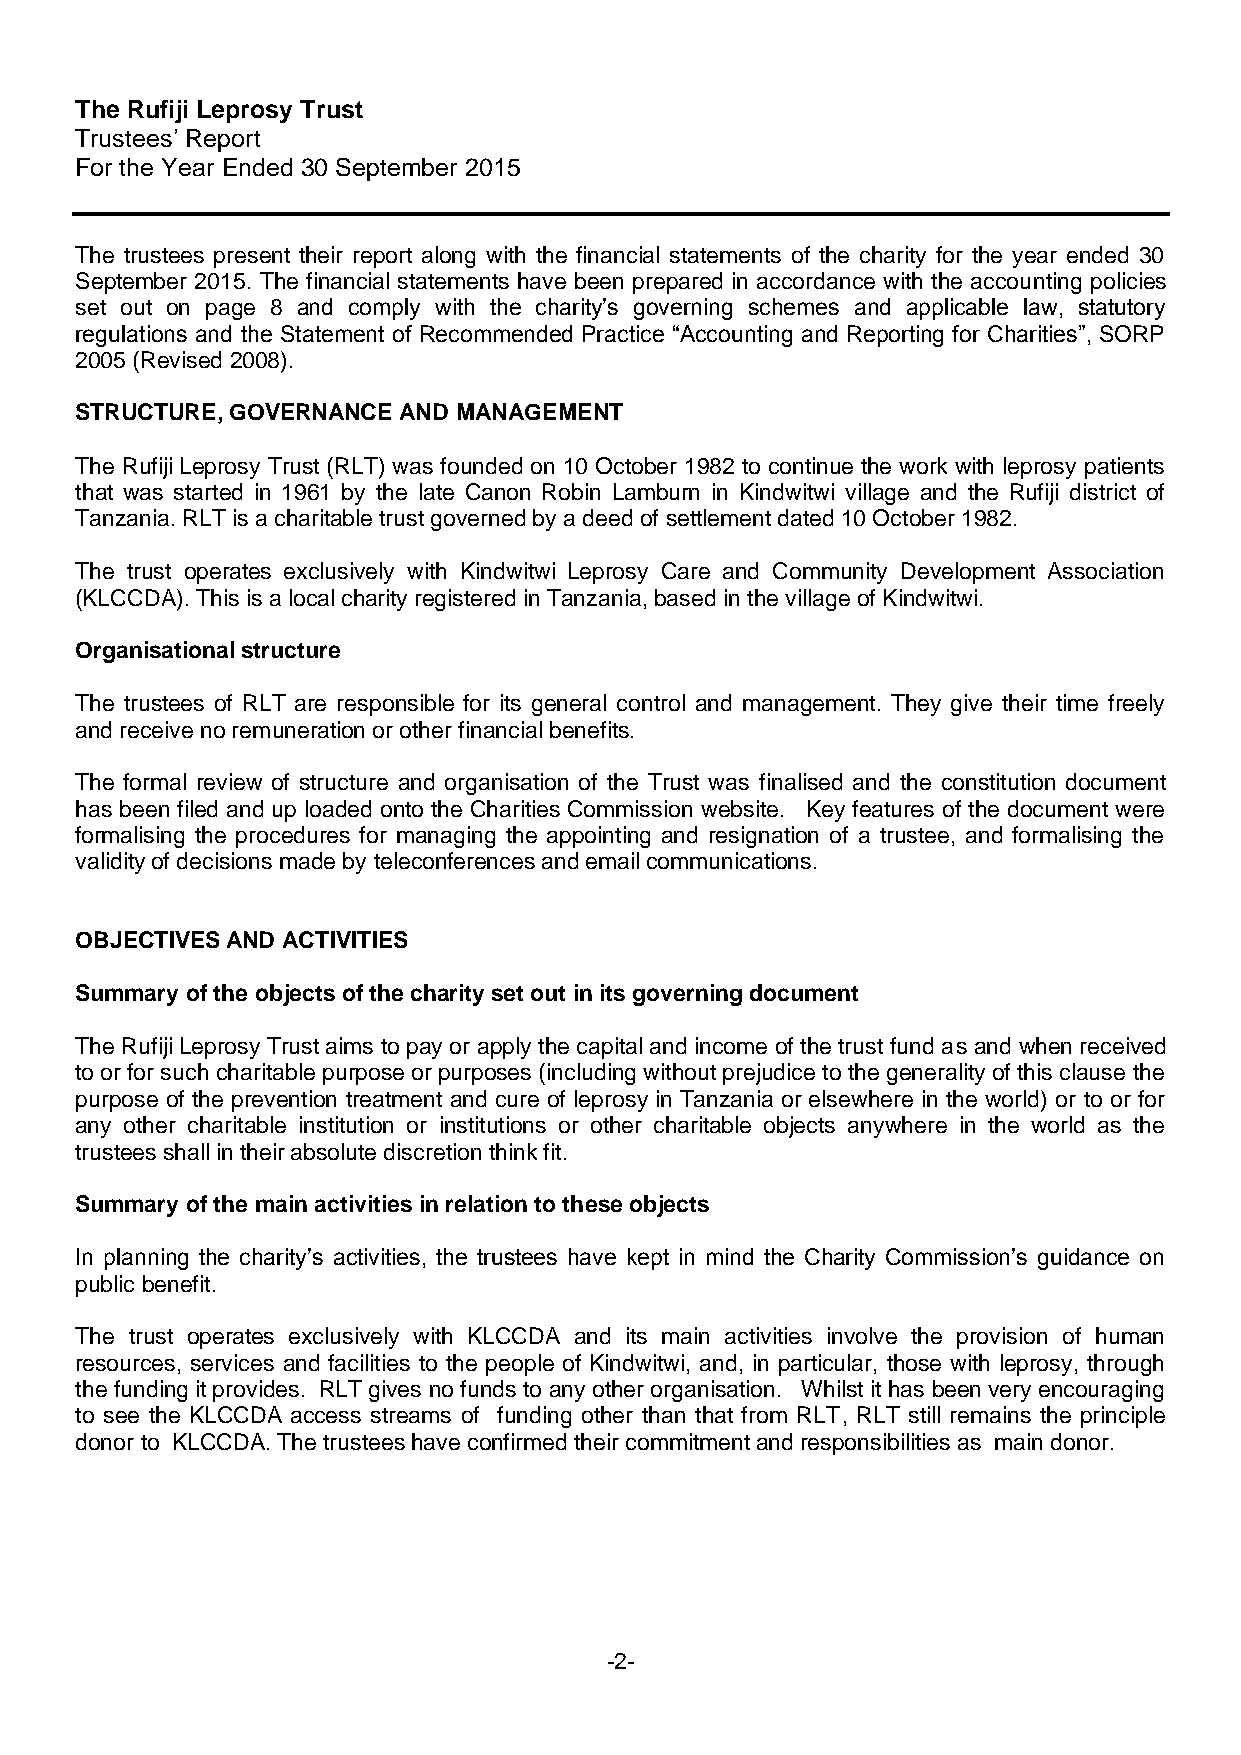
The Rufiji Leprosy Trust
 Trustees’ Report
 For the Year Ended 30 September 2015
 The trustees present their report along with the financial statements of the charity for the year ended 30
 September 2015. The financial statements have been prepared in accordance with the accounting policies
 set out on page 8 and comply with the charity’s governing schemes and applicable law, statutory
 regulations and the Statement of Recommended Practice “Accounting and Reporting for Charities”, SORP
 2005 (Revised 2008).
 STRUCTURE, GOVERNANCE AND MANAGEMENT
 The Rufiji Leprosy Trust (RLT) was founded on 10 October 1982 to continue the work with leprosy patients
 that was started in 1961 by the late Canon Robin Lamburn in Kindwitwi village and the Rufiji district of
 Tanzania. RLT is a charitable trust governed by a deed of settlement dated 10 October 1982.
 The trust operates exclusively with Kindwitwi Leprosy Care and Community Development Association
 (KLCCDA). This is a local charity registered in Tanzania, based in the village of Kindwitwi.
 Organisational structure
 The trustees of RLT are responsible for its general control and management. They give their time freely
 and receive no remuneration or other financial benefits.
 The formal review of structure and organisation of the Trust was finalised and the constitution document
 has been filed and up loaded onto the Charities Commission website. Key features of the document were
 formalising the procedures for managing the appointing and resignation of a trustee, and formalising the
 validity of decisions made by teleconferences and email communications.
 OBJECTIVES AND ACTIVITIES
 Summary of the objects of the charity set out in its governing document
 The Rufiji Leprosy Trust aims to pay or apply the capital and income of the trust fund as and when received
 to or for such charitable purpose or purposes (including without prejudice to the generality of this clause the
 purpose of the prevention treatment and cure of leprosy in Tanzania or elsewhere in the world) or to or for
 any other charitable institution or institutions or other charitable objects anywhere in the world as the
 trustees shall in their absolute discretion think fit.
 Summary of the main activities in relation to these objects
 In planning the charity’s activities, the trustees have kept in mind the Charity Commission’s guidance on
 public benefit.
 The trust operates exclusively with KLCCDA and its main activities involve the provision of human
 resources, services and facilities to the people of Kindwitwi, and, in particular, those with leprosy, through
 the funding it provides. RLT gives no funds to any other organisation. Whilst it has been very encouraging
 to see the KLCCDA access streams of funding other than that from RLT, RLT still remains the principle
 donor to KLCCDA. The trustees have confirmed their commitment and responsibilities as main donor.
 -2-